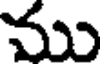
ము